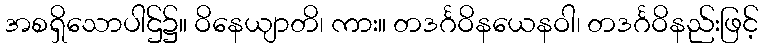
အစရှိသောပါဌ်၌။ ဝိနေယျာတိ၊ ကား။ တဒင်္ဂဝိနယေနဝါ၊ တဒင်္ဂဝိနည်းဖြင့်